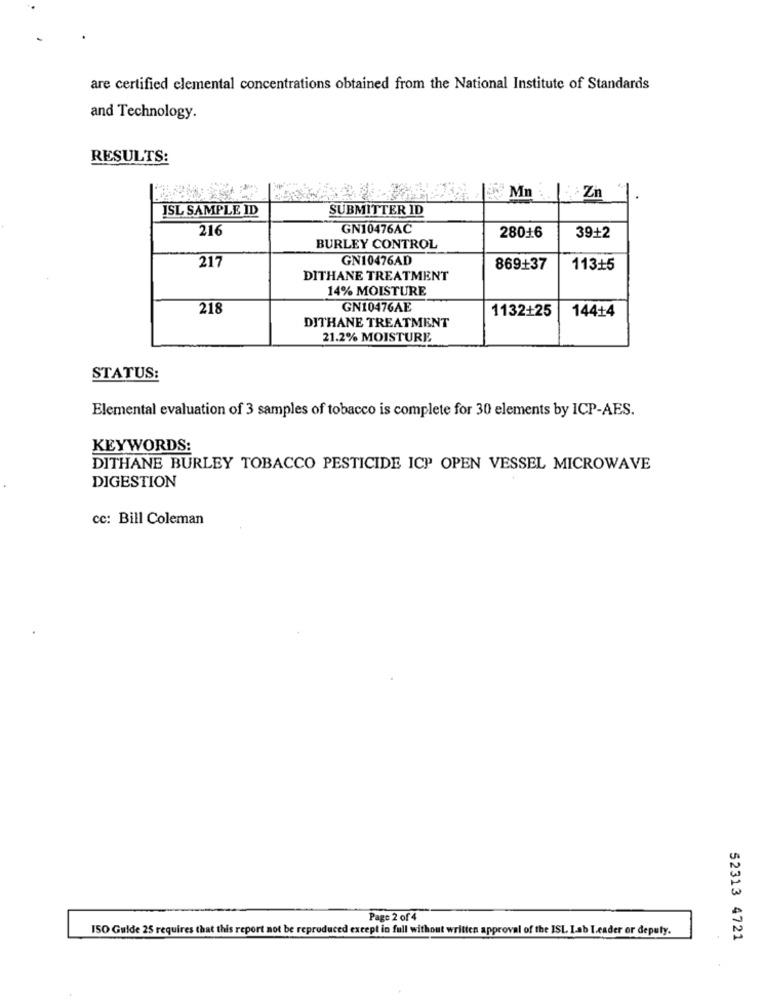
are certified elemental concentrations obtained from the National Institute of Standards
and Technology.
RESULTS:
Zn
ISL SAMPLE ID
SUBMITTER ID
216
GN10476AC
28016
39+2
BURLEY CONTROL
217
GN10476AD
869+37
113+5
DITHANE TREATMENT
14% MOISTURE
218
GN10476AE
1132+25
144+4
DITHANE TREATMENT
21.2% MOISTURE
STATUS:
Elemental evaluation of 3 samples of tobacco is complete for 30 elements by ICP-AES.
KEYWORDS:
DITHANE BURLEY TOBACCO PESTICIDE ICP OPEN VESSEL MICROWAVE
DIGESTION
cc: Bill Coleman
Page 2 of 4
ISO Guide 25 requires that this report not be reproduced except in full without written approval of the ISL Lab Leader or deputy.
52313 4721